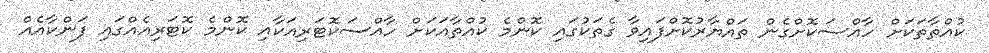
ކުއްތާތަކަށް ހާއްސަކޮށްގެން ތައްޔާރުކޮށްފައިވާ ގެތަކުގައި ކޮންމެ ކުއްތާއަކަށް ހާއްސަކޮޓަރިއަކާއި ކޮންމެ ކޮޓަރިއެއްގައި ފަންކާއެއް